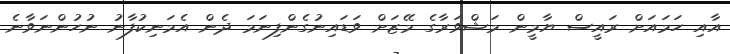
އާއި ހަމައަށް ރައީސް ޔާމީން މަޝްވަރާގެ މޭޒަށް ވަޑައިނުގެންފިނަމަ ދެން އެމަނިކުފާނު ނުހުންނަވާނެ